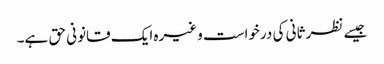
جیسے نظر ثانی کی درخواست وغیرہ ایک قانونی حق ہے۔